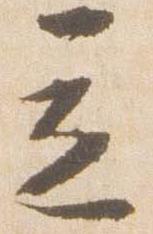
立